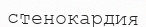
стенокардия